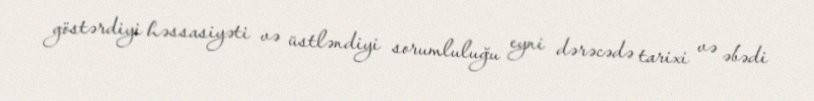
göstərdiyi həssasiyəti və üstləndiyi sorumluluğu eyni dərəcədə tarixi və əbədi